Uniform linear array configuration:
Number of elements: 4
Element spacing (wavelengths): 1
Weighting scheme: hann
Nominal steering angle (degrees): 45
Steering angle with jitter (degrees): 44.343
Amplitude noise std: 0.05
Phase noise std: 0.05

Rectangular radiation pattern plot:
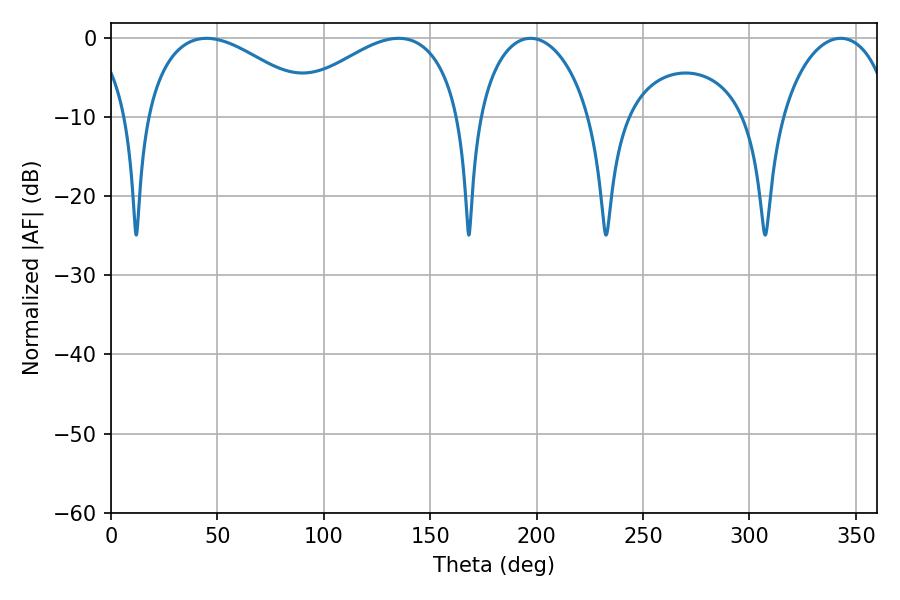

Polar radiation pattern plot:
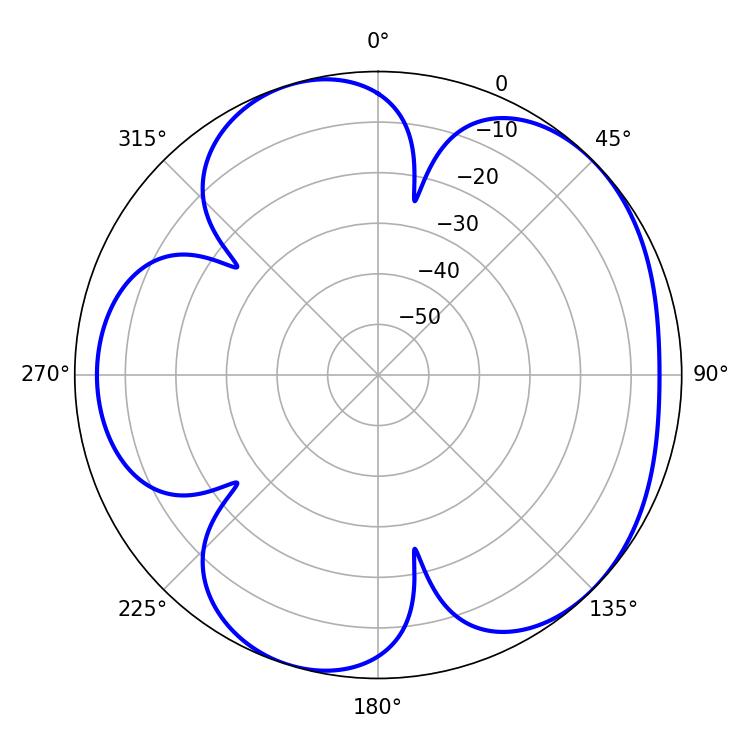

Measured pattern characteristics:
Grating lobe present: TRUE
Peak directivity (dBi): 4.954
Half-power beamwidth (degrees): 30.24
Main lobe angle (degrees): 197.1